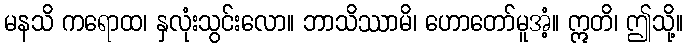
မနသိ ကရောထ၊ နှလုံးသွင်းလော။ ဘာသိဿာမိ၊ ဟောတော်မူအံ့။ ဣတိ၊ ဤသို့။